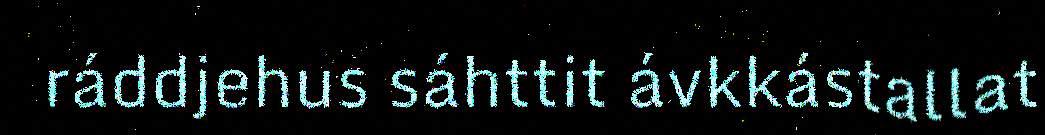
ráddjehus sáhttit ávkkástallat